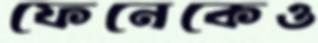
ফেনেকেও